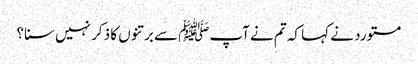
مستورد نے کہا کہ تم نے آپﷺ سے برتنوں کا ذکر نہیں سنا؟